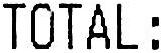
TOTAL: